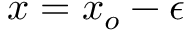
x = x _ { o } - \epsilon